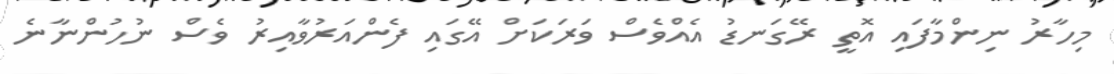
މިހާރު ނިންމާފައި އޮތީ ރޭގަނޑު އެއްވެސް ވަރަކަށް އޭގައި ފެންއަރުވާއިރު ވެސް ނުހުންނާނެ